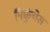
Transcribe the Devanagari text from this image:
पिकुंचेस